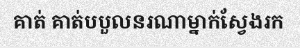
គាត់ គាត់បបួលនរណាម្នាក់ស្វែងរក